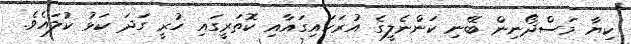
ކިޔާ މަސްދޯނިން ބޭނި ކަންނެލީގެ އުރަަހައިގައާއި ކޮތަރީގައި ހުރީ ގަދަ ކަޅު ކުލައެވެ.